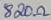
Text: 820Ω